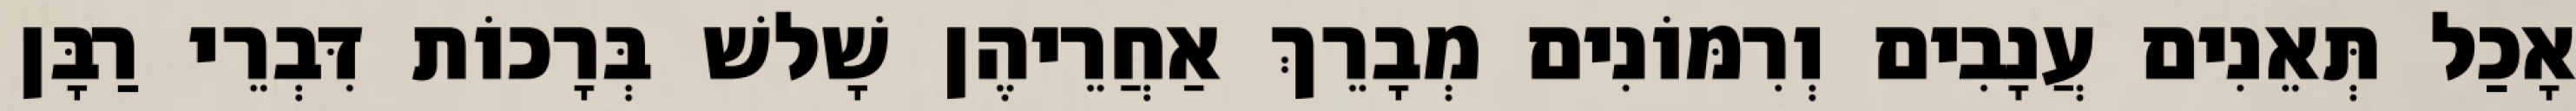
אָכַל תְּאֵנִים עֲנָבִים וְרִמּוֹנִים מְבָרֵךְ אַחֲרֵיהֶן שָׁלשׁ בְּרָכוֹת דִּבְרֵי רַבָּן